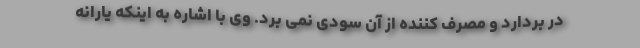
در بردارد و مصرف کننده از آن سودی نمی برد. وی با اشاره به اینکه یارانه